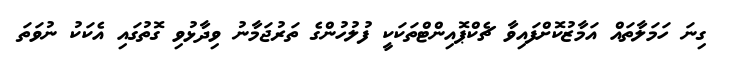
ގިނަ ހަމަލާތައް އަމާޒުކޮށްފައިވާ ޗެކްޕޮއިންޓްތަކަކީ ފުލުހުންގެ ތަރުޖަމާނު ވިދާޅުވި ގޮތުގައި އެކަކު ނުވަތަ